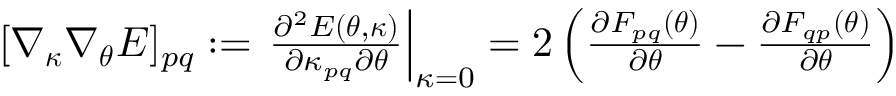
\begin{array} { r } { [ \nabla _ { { \boldsymbol { \kappa } } } \nabla _ { \boldsymbol { \theta } } E ] _ { p q } : = \left. \frac { \partial ^ { 2 } E ( { \boldsymbol { \theta } } , { \boldsymbol { \kappa } } ) } { \partial \kappa _ { p q } \partial { \boldsymbol { \theta } } } \right| _ { \kappa = 0 } = 2 \left( \frac { \partial F _ { p q } ( { \boldsymbol { \theta } } ) } { \partial { \boldsymbol { \theta } } } - \frac { \partial F _ { q p } ( { \boldsymbol { \theta } } ) } { \partial { \boldsymbol { \theta } } } \right) } \end{array}